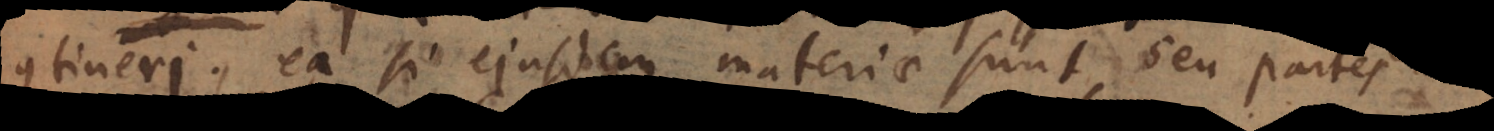
contineri, ea si ejusdem materiae sunt, similia